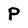
Character: P